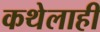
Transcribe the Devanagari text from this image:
कथेलाही